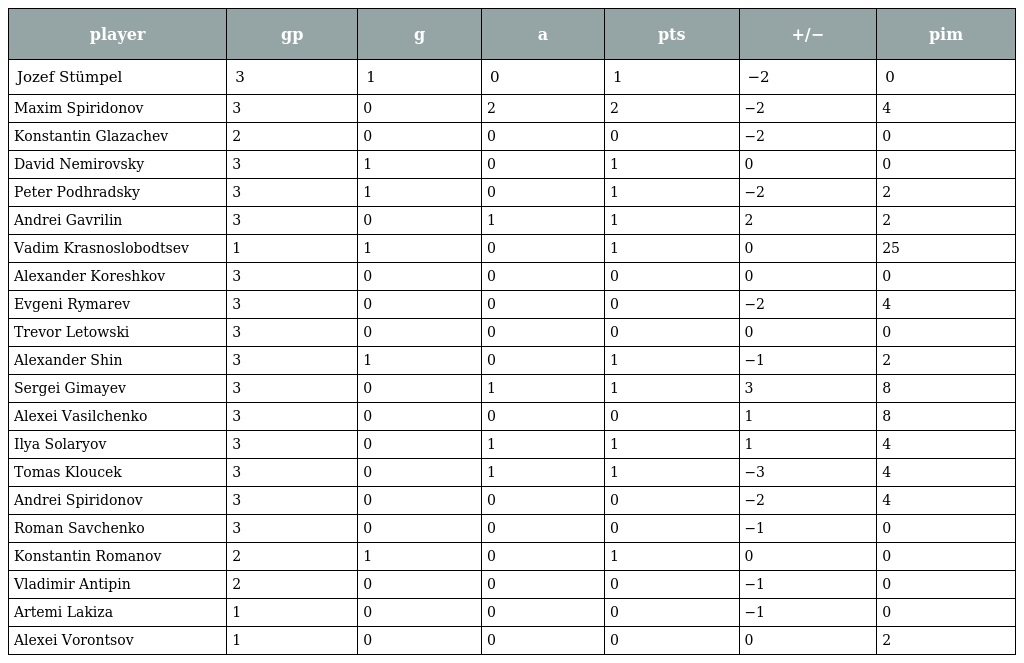
| player | gp | g | a | pts | +/− | pim |
 | --- | --- | --- | --- | --- | --- | --- |
 | Jozef Stümpel | 3 | 1 | 0 | 1 | −2 | 0 |
 | Maxim Spiridonov | 3 | 0 | 2 | 2 | −2 | 4 |
 | Konstantin Glazachev | 2 | 0 | 0 | 0 | −2 | 0 |
 | David Nemirovsky | 3 | 1 | 0 | 1 | 0 | 0 |
 | Peter Podhradsky | 3 | 1 | 0 | 1 | −2 | 2 |
 | Andrei Gavrilin | 3 | 0 | 1 | 1 | 2 | 2 |
 | Vadim Krasnoslobodtsev | 1 | 1 | 0 | 1 | 0 | 25 |
 | Alexander Koreshkov | 3 | 0 | 0 | 0 | 0 | 0 |
 | Evgeni Rymarev | 3 | 0 | 0 | 0 | −2 | 4 |
 | Trevor Letowski | 3 | 0 | 0 | 0 | 0 | 0 |
 | Alexander Shin | 3 | 1 | 0 | 1 | −1 | 2 |
 | Sergei Gimayev | 3 | 0 | 1 | 1 | 3 | 8 |
 | Alexei Vasilchenko | 3 | 0 | 0 | 0 | 1 | 8 |
 | Ilya Solaryov | 3 | 0 | 1 | 1 | 1 | 4 |
 | Tomas Kloucek | 3 | 0 | 1 | 1 | −3 | 4 |
 | Andrei Spiridonov | 3 | 0 | 0 | 0 | −2 | 4 |
 | Roman Savchenko | 3 | 0 | 0 | 0 | −1 | 0 |
 | Konstantin Romanov | 2 | 1 | 0 | 1 | 0 | 0 |
 | Vladimir Antipin | 2 | 0 | 0 | 0 | −1 | 0 |
 | Artemi Lakiza | 1 | 0 | 0 | 0 | −1 | 0 |
 | Alexei Vorontsov | 1 | 0 | 0 | 0 | 0 | 2 |